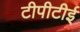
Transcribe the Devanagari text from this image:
टीपीटीई